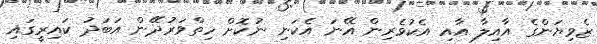
ޒެވިޔަންގެ އާއިލާ އާއި އެކުވެރިން އޭނަ އެކަނި ނުކޮށް ހިތްވަރުދޭން އަބަދު ކައިރީގައި